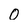
Character: 0